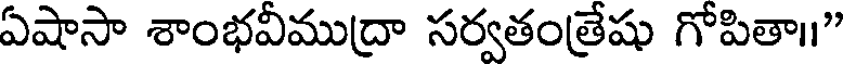
ఏషాసా శాంభవీముద్రా సర్వతంత్రేషు గోపితా॥"